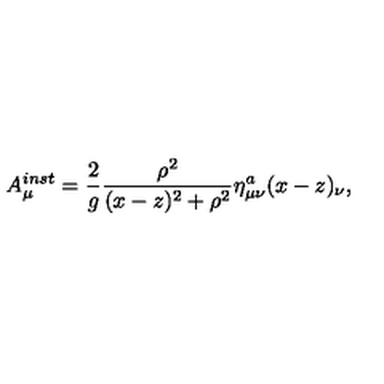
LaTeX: A _ { \mu } ^ { i n s t } = \frac { 2 } { g } \frac { \rho ^ { 2 } } { ( x - z ) ^ { 2 } + \rho ^ { 2 } } \eta _ { \mu \nu } ^ { a } ( x - z ) _ { \nu } ,